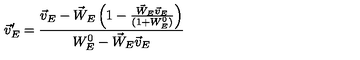
\vec { v } _ { E } ^ { \prime } = \frac { \vec { v } _ { E } - \vec { W } _ { E } \left( 1 - \frac { \vec { W } _ { E } \vec { v } _ { E } } { ( 1 + W _ { E } ^ { 0 } ) } \right) } { W _ { E } ^ { 0 } - \vec { W } _ { E } \vec { v } _ { E } }